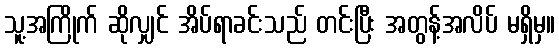
သူ့အကြိုက် ဆိုလျှင် အိပ်ရာခင်းသည် တင်းပြီး အတွန့်အလိပ် မရှိမှ။